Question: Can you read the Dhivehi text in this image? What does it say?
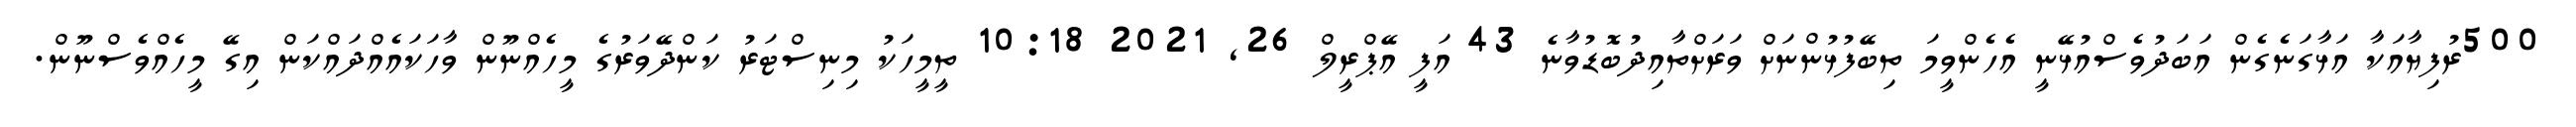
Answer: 500ރުފިޔާއަކާ އަޅާގަނެގެން އަބަދުވެސްއުޅޭނީ އެހެންވީމަ ތިބޭފުޅުންނަށް ވަރަށްތާއިދުބޮޑުވާނެ 43 އަފީ އޭޕްރީލް 26, 2021 10:18 ތީމީހަކު މިނިސްޓަރު ކަންދޭވަރުގެ މީހެއްނޫން ވާހަކައެއްދައްކަން އިގޭ މީހެއްވެސްނޫން.